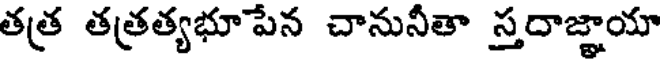
తత్ర తత్రత్యభూపేన చానునీతా స్తదాజ్ఞాయా